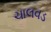
ચાલવડ